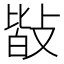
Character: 𢾆